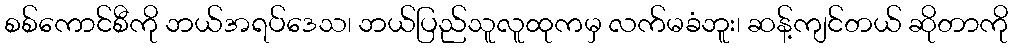
စစ်ကောင်စီကို ဘယ်အရပ်ဒေသ၊ ဘယ်ပြည်သူလူထုကမှ လက်မခံဘူး၊ ဆန့်ကျင်တယ် ဆိုတာကို